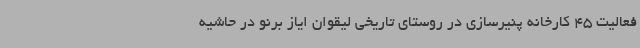
فعالیت 45 کارخانه پنیرسازی در روستای تاریخی لیقوان ایاز برنو در حاشیه